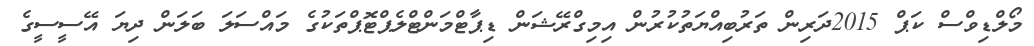
މޯލްޑިވްސް ކަޕް 2015ދަރިން ތަރުބިއްޔަތުކުރުން އިމިގްރޭޝަން ޑިޕާޓްމަންޓްލެޕްޓޮޕްތަކުގެ މައްސަލަ ބަލަން ދިޔަ އޭސީސީގެ